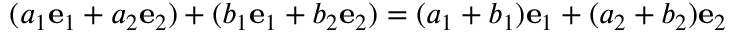
( a _ { 1 } { \mathbf { e } } _ { 1 } + a _ { 2 } { \mathbf { e } } _ { 2 } ) + ( b _ { 1 } { \mathbf { e } } _ { 1 } + b _ { 2 } { \mathbf { e } } _ { 2 } ) = ( a _ { 1 } + b _ { 1 } ) { \mathbf { e } } _ { 1 } + ( a _ { 2 } + b _ { 2 } ) { \mathbf { e } } _ { 2 }